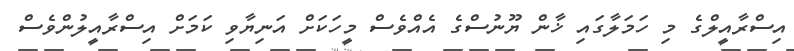
އިސްރާއީލްގެ މި ހަމަލާގައި ޚާން ޔޫނުސްގެ އެއްވެސް މީހަކަށް އަނިޔާވި ކަމަށް އިސްރާއީލުންވެސް